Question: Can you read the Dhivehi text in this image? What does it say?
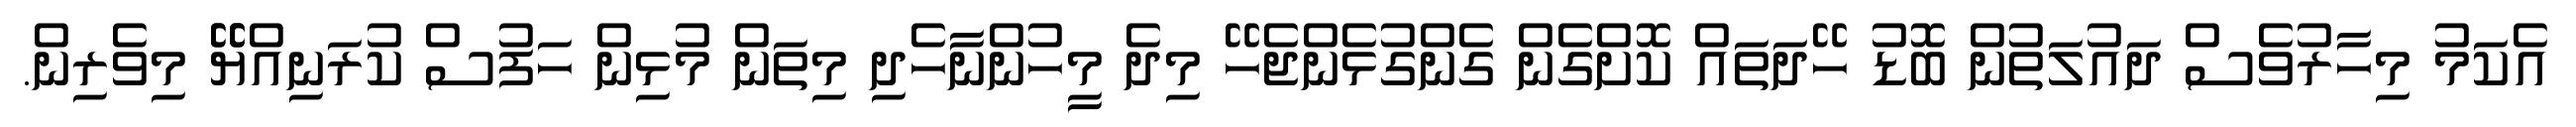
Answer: އެކަމު މިހާރުވެސް ދައުލަތުން ބޮޑު ހޭދަތައް ކޮށްގެން ގެންގުޅެންޖެހޭ މިދެ މީހުންނާހެދި މިތަން މުޅިން ހަފުސް ކުރަނިއްޔޭޭ މިވެރިން.